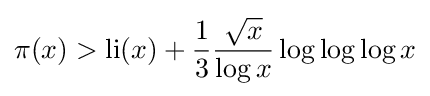
\pi (x)>\operatorname {li} (x)+{\frac {1}{3}}{\frac {\sqrt {x}}{\log x}}\log \log \log x